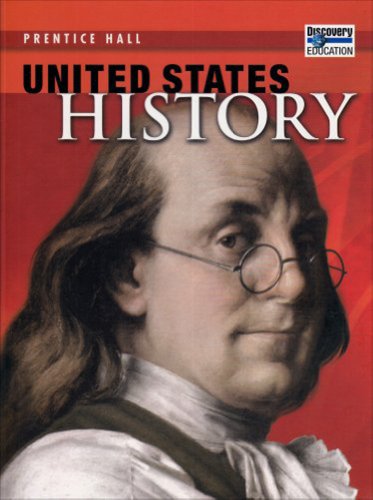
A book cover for UNITED STATES HISTORY SURVEY STUDENT EDITION 2008C; PRENTICE HALL; Teen & Young Adult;